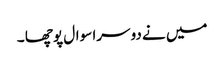
میں نے دوسرا سوال پوچھا ۔